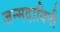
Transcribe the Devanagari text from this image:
जन्मदायिनी